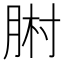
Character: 𦛻